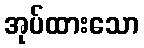
အုပ်ထားသော